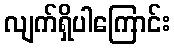
လျက်ရှိပါကြောင်း